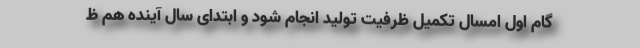
گام اول امسال تکمیل ظرفیت تولید انجام شود و ابتدای سال آینده هم ظ